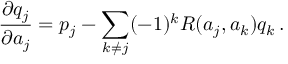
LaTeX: { \frac { \partial q _ { j } } { \partial a _ { j } } } = p _ { j } - \sum _ { k \neq j } ( - 1 ) ^ { k } R ( a _ { j } , a _ { k } ) q _ { k } \, .